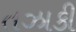
તઝાકી